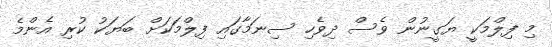
މި ފިލްމަކީ ޔަގީނުން ވެސް ދިވެހި ސިނަމާގައި ފިލްމަކަށް ބަޔަކު ކުރި އެންމެ